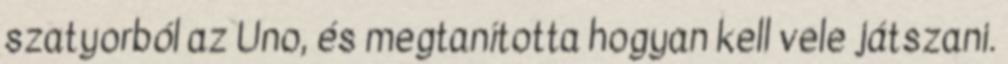
szatyorból az Uno, és megtanította hogyan kell vele játszani.